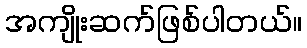
အကျိုးဆက်ဖြစ်ပါတယ်။